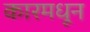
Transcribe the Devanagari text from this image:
कारमधून